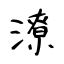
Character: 潦